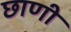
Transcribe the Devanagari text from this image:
छाणी